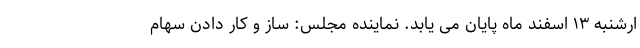
ارشنبه ۱۳ اسفند ماه پایان می یابد. نماینده مجلس: ساز و کار دادن سهام